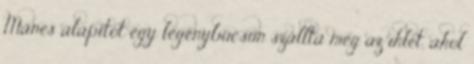
Manes alapítót egy legénybúcsún szállta meg az ihlet, ahol